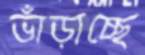
ভাঁড়াচ্ছে